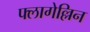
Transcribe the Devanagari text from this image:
फ्लागेल्लिन